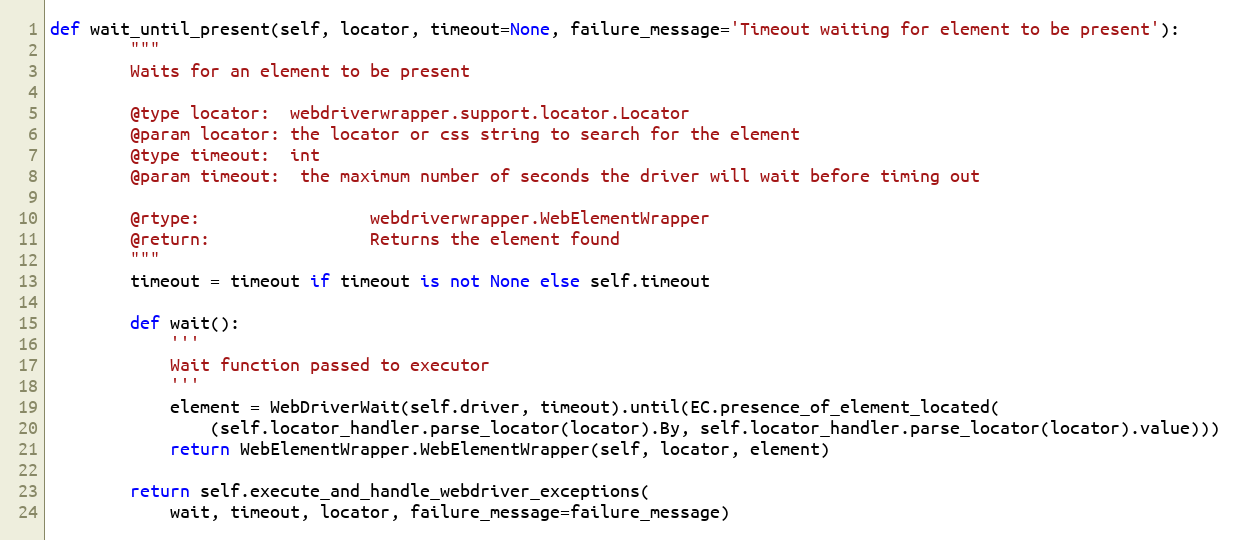
Language: Python
def wait_until_present(self, locator, timeout=None, failure_message='Timeout waiting for element to be present'):
        """
        Waits for an element to be present

        @type locator:  webdriverwrapper.support.locator.Locator
        @param locator: the locator or css string to search for the element
        @type timeout:  int
        @param timeout:  the maximum number of seconds the driver will wait before timing out

        @rtype:                 webdriverwrapper.WebElementWrapper
        @return:                Returns the element found
        """
        timeout = timeout if timeout is not None else self.timeout

        def wait():
            '''
            Wait function passed to executor
            '''
            element = WebDriverWait(self.driver, timeout).until(EC.presence_of_element_located(
                (self.locator_handler.parse_locator(locator).By, self.locator_handler.parse_locator(locator).value)))
            return WebElementWrapper.WebElementWrapper(self, locator, element)

        return self.execute_and_handle_webdriver_exceptions(
            wait, timeout, locator, failure_message=failure_message)